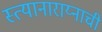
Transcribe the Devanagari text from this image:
स्त्यानाराय्नाची